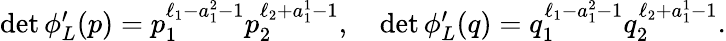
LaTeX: \begin{array}{r}{\operatorname*{det}\phi_{L}^{\prime}(p)=p_{1}^{\ell_{1}-a_{1}^{2}-1}p_{2}^{\ell_{2}+a_{1}^{1}-1},\quad\operatorname*{det}\phi_{L}^{\prime}(q)=q_{1}^{\ell_{1}-a_{1}^{2}-1}q_{2}^{\ell_{2}+a_{1}^{1}-1}.}\end{array}